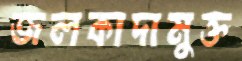
জলকাদামুক্ত